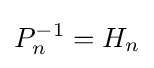
P_{n}^{-1}=H_{n}